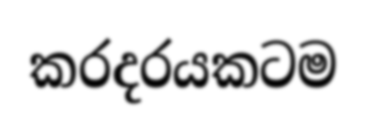
කරදරයකටම